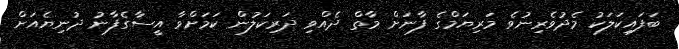
ބަފައިކަލަކު މެދުުވެރިނުވެ މަރިޔަމްގެ ފާނަށް މާތް ދެއްވި ދަރިކަލުން ކަމަށްވާ އީސާގެފާނު ދުނިޔެއަށް